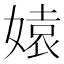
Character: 媴